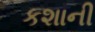
કશાની